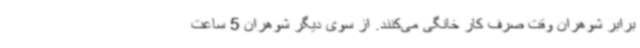
برابر شوهران وقت صرف کار خانگی می‌کنند. از سوی دیگر شوهران 5 ساعت